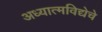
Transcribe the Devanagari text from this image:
अध्यात्मविद्येचे